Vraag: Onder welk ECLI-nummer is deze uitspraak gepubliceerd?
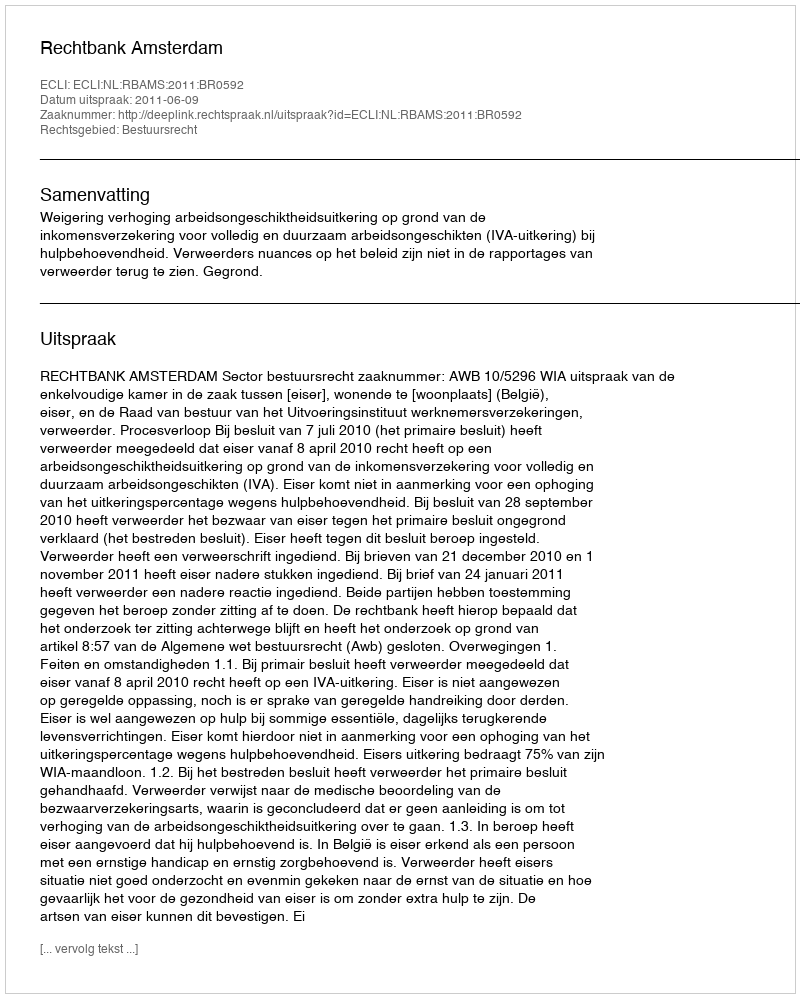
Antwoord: ECLI:NL:RBAMS:2011:BR0592